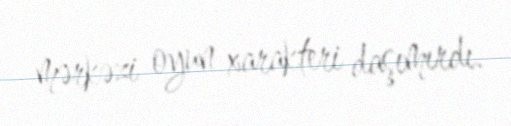
mərkəzi oyun xarakteri daşımırdı.